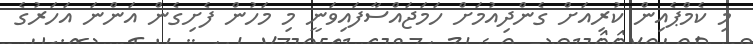
މި ކެމްޕެއިން ކުރިއަށް ގެންދިއުމަށް ހަމަޖައްސާފައިވަނީ މި މަހުން ފެށިގެން އަންނަ އަހަރުގެ